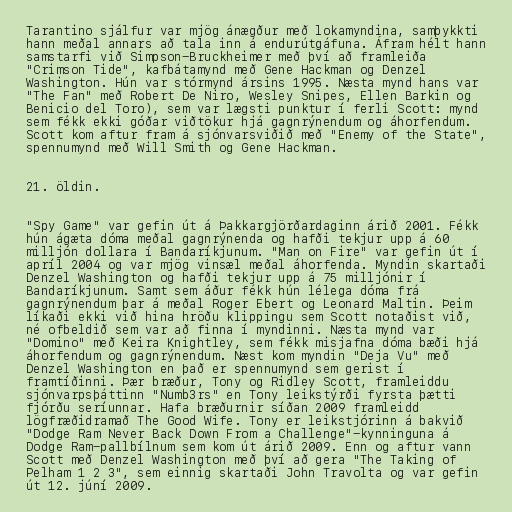
Tarantino sjálfur var mjög ánægður með lokamyndina, samþykkti
hann meðal annars að tala inn á endurútgáfuna. Áfram hélt hann
samstarfi við Simpson-Bruckheimer með því að framleiða
"Crimson Tide", kafbátamynd með Gene Hackman og Denzel
Washington. Hún var stórmynd ársins 1995. Næsta mynd hans var
"The Fan" með Robert De Niro, Wesley Snipes, Ellen Barkin og
Benicio del Toro), sem var lægsti punktur í ferli Scott: mynd
sem fékk ekki góðar viðtökur hjá gagnrýnendum og áhorfendum.
Scott kom aftur fram á sjónvarsviðið með "Enemy of the State",
spennumynd með Will Smith og Gene Hackman.

21. öldin.

"Spy Game" var gefin út á Þakkargjörðardaginn árið 2001. Fékk
hún ágæta dóma meðal gagnrýnenda og hafði tekjur upp á 60
milljón dollara í Bandaríkjunum. "Man on Fire" var gefin út í
apríl 2004 og var mjög vinsæl meðal áhorfenda. Myndin skartaði
Denzel Washington og hafði tekjur upp á 75 milljónir í
Bandaríkjunum. Samt sem áður fékk hún lélega dóma frá
gagnrýnendum þar á meðal Roger Ebert og Leonard Maltin. Þeim
líkaði ekki við hina hröðu klippingu sem Scott notaðist við,
né ofbeldið sem var að finna í myndinni. Næsta mynd var
"Domino" með Keira Knightley, sem fékk misjafna dóma bæði hjá
áhorfendum og gagnrýnendum. Næst kom myndin "Deja Vu" með
Denzel Washington en það er spennumynd sem gerist í
framtíðinni. Þær bræður, Tony og Ridley Scott, framleiddu
sjónvarpsþáttinn "Numb3rs" en Tony leikstýrði fyrsta þætti
fjórðu seríunnar. Hafa bræðurnir síðan 2009 framleidd
lögfræðidramað The Good Wife. Tony er leikstjórinn á bakvið
"Dodge Ram Never Back Down From a Challenge"-kynninguna á
Dodge Ram-pallbílnum sem kom út árið 2009. Enn og aftur vann
Scott með Denzel Washington með því að gera "The Taking of
Pelham 1 2 3", sem einnig skartaði John Travolta og var gefin
út 12. júní 2009.